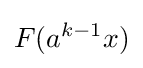
F(a^{k-1}x)